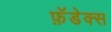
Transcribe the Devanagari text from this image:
फ़ॅडेक्स